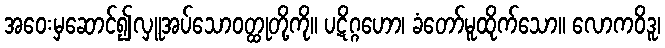
အဝေးမှဆောင်၍လှူအပ်သောဝတ္ထုတို့ကို။ ပဋိဂ္ဂဟော၊ ခံတော်မူထိုက်သော။ လောကဝိဒူ၊